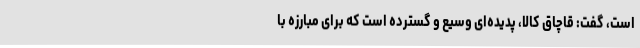
است، گفت: قاچاق کالا، پدیده‌ای وسیع و گسترده است که برای مبارزه با